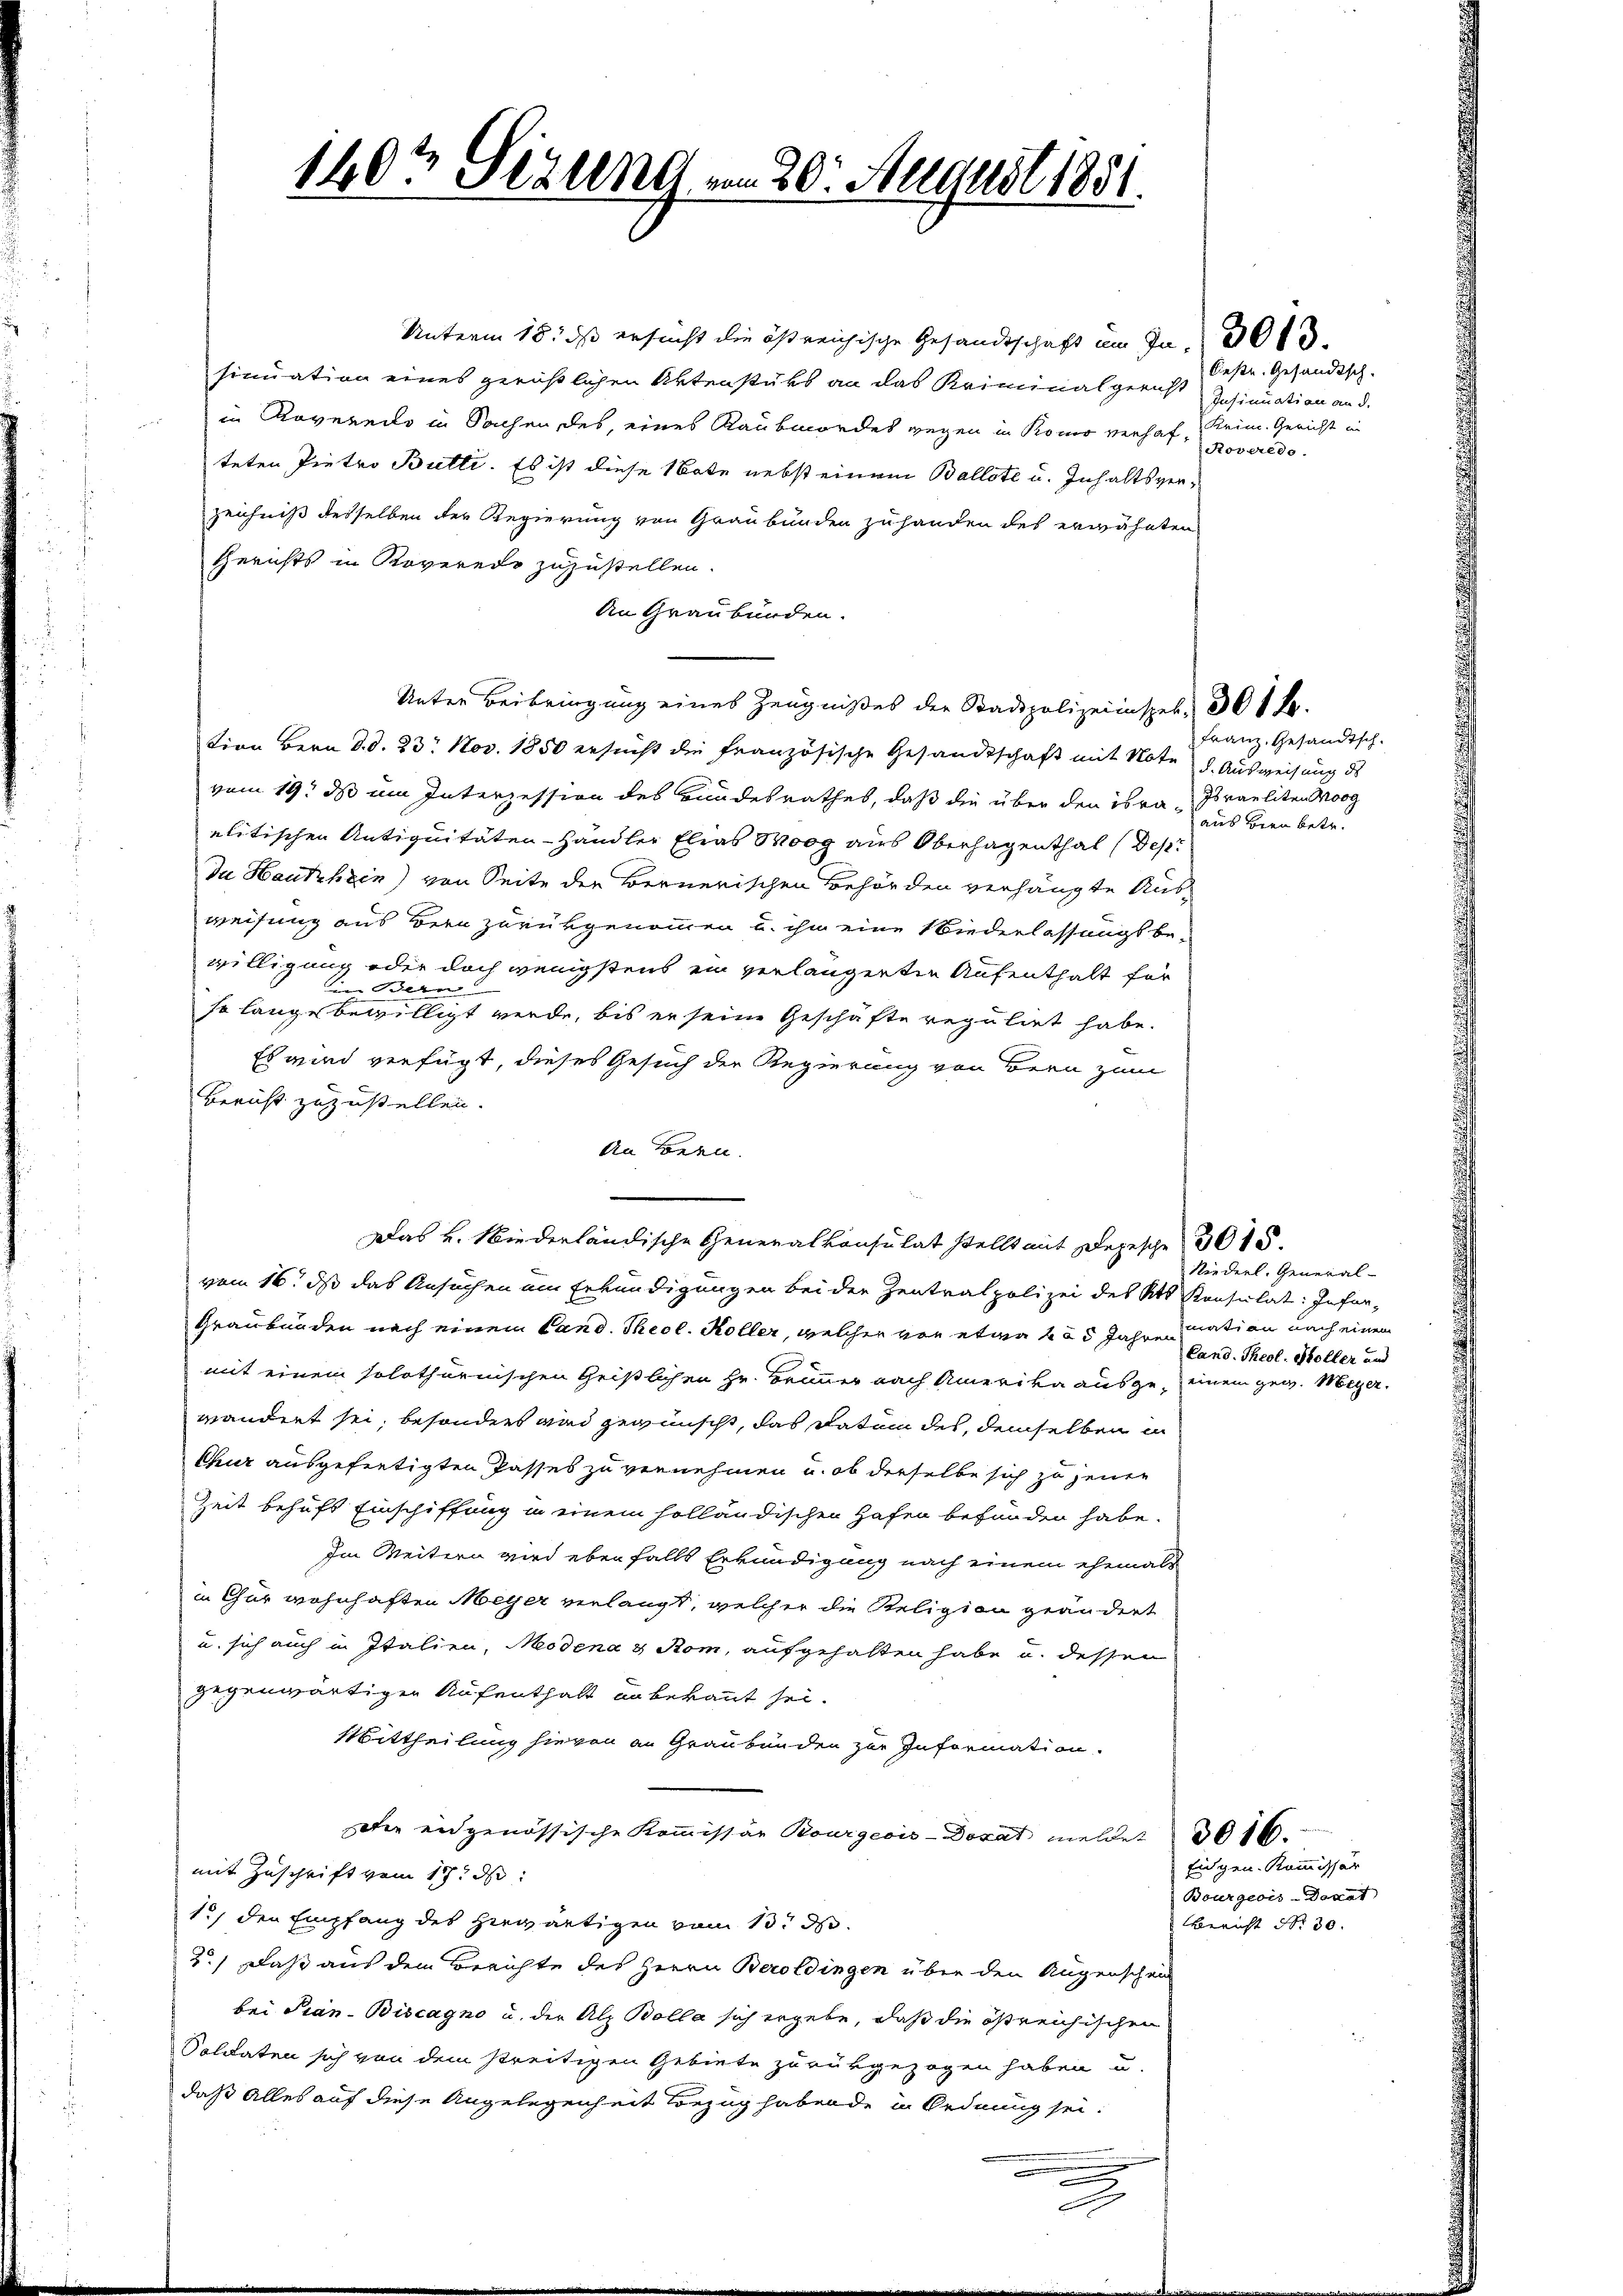
140t Sezung vom 20. August 1851.

2

Unterm 18. ds ersucht die östreichische Gesandtschaft am de 30 f.
sinuation eines geröstlichen Aktenstüks an das Kriminalgericht gesinuation an d.
in Rovereito in Sachen des, eines Raubmordes gegen in Kono verhafteten Pietro Butti. Es ist diese Note nebst einem Ballote u. Inhaltsverzeichniß desselben der Regierung von Graubünden zuhanden des erwähnten
Gerichts in Roveredo zuzustellen.
An Graubünden.
Unter Beibringung eines Zeugnißes der Stadtpolizeiinspek, 301 f.
tion Bern d. d. 23. Nov. 1850 ersucht die französische Gesandtschaft mit Note d. Ausweisung des
vom 19. ds um Interzession des Bundesrathes, daß die über den isra-Israeliten Morg
elitischen Antiquitäten Händler Elias Woog aus Oberhagenthal (des
Da Hautzhein) von Seite der Bernerischen Behörden verhängte Ausweisung aus Bern zurükgenommen u. ihn eine Niederlassungsbe-
willigung oder doch wenigstens ein verlängerten Aufenthalt für
in Bern
so lange bewilligt werde, bis er seine Geschäfte regulirt habe.
Es wird verfügt, dieses Gesuch der Regierung von Bern zum
Bericht zuzustellen.
An Bern.
Das u. Niederländische Generalkonsulat stellt mit Depesche 3015.
vom 16. ds das Ansuchen am Erkundigungen bei der Zentralpolizei des Kts Konsulat: Infor-
Graubünden nach einem Cand. Theol. Koller, welcher von etwa 455 Jahre sation nach einem
mit einem solothurnischen Geistlichen Hr. Brunner nach Amerika ausge, einem gew. Meyer,
wandert sei, besonders und gewünscht, das Datum des demselben in
Chur ausgefertigten Passes zu vernehmen u. ob derselbe sich zu jenen
Zeit behufs Einschiffung in einem holländischen Hafen befunden habe.
Im Weitern wird ebenfalls Erkundigung nach einem ehemals
in Chur wohnhaften Meyer verlangt, welcher die Religion geändert
u. sich auch in Italien, Modena & Rom, aufgehalten habe u. dessen
gegenwärtigen Aufenthalt an bekannt sei.
Mittheilung hievon an Graubünden zur Information
die eidgenössische Kommissär Bourgeois-Dorat meldet 30 16.
mit Zuschrift vom 17. ds
15) den Empfang des herwärtigen vom 13. d.
2.) Daß aus dem Berichte des Herrn Beroldingen über den Augenschein
bei Pian-Biscagno u. der Alz Bolla sich ergebe, daß die östreichischen
Soldaten sich von dem streitigen Gebiete zurükgezogen haben u.
daß alles auf diese Angelegenheit Bezug habende in Ordnung sei.
.

Oestr. Gesandtsch.
Krim. Gericht in
Roveredo.

Franz. Gesandtsch-
aus bien betr.

Niederl. General-
Cand. Theol. Holler und

Eigen-Kommissär
Bourgeois Donat
Bericht Nr. 30.